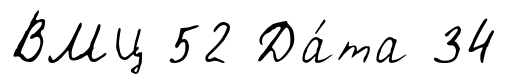
ВМЦ 52 Да́та 34